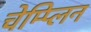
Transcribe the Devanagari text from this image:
चेम्प्लिन